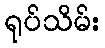
ရုပ်သိမ်း